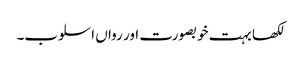
لکھا بہت خوبصورت اور رواں اسلوب۔